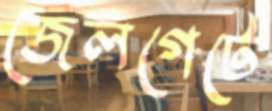
জেলগেটে